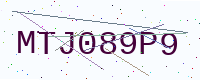
Text: MTJ089P9